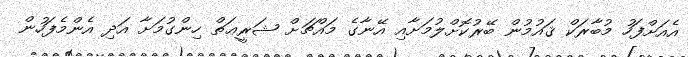
އެއަށްފަހު މުބާރަކް ޤައުމުން ބޭރުކޮށްލުމަށާއި އޭނާގެ މައްޗަށް ޝަރީޢަތް ހިންގުމަށާ އަދި އެންމެފަހުން